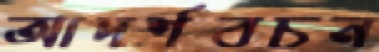
আদর্শবচন